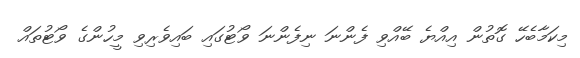
މިކަމާބެހޭ ގޮތުން އިއްޔެ ބޭއްވި ފެންނަ ނިފެންނަ ވޯޓުގައި ބައިވެރިވި މީހުންގެ ވޯޓުތައް